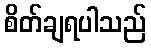
စိတ်ချရပါသည်